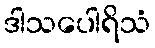
ဒါသပေါရိသံ